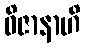
ဝိဇာနာဟိ